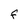
Character: F